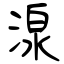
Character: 湶